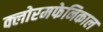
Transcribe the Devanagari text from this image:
क्लोरमफेनिकाल